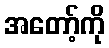
အတော့်ကို